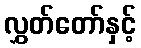
လွှတ်တော်နှင့်